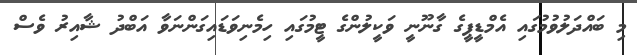
މި ބައްދަލުވުމުގައި އެމްޑީޕީގެ ގާނޫނީ ވަކީލުންގެ ޓީމުގައި ހިމެނިވަޑައިގަންނަވާ އަބްދު ޝާއިރު ވެސް